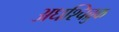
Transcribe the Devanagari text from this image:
अधश्चिब्रुक